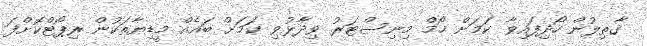
ޤާތިލުން ހޯދިފައިވާ ކަމަށް ހޯމް މިނިސްޓަރު ވިދާޅުވި ކަމަށް ބައެއް މީޑިޔާތަކުން ރިޕޯޓްކޮށްފަ